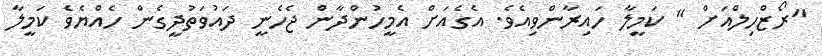
"ރޯޒްހިލްއަށް " ކަމީލާ ހައިރާންވިއެވެ. އެގެއަށް އެމީހުންދާން ޖެހެނީ ދައުވަތުދީގެން ހެއްޔެވެ ކަމީލާ